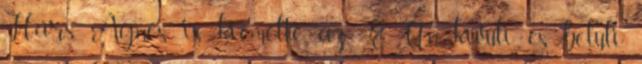
Hárs Ágnes is kiemelte, az EU-n kívüli és belüli